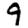
Digit: 9